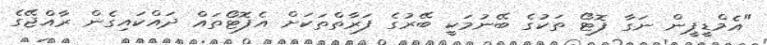
"އެމްޑީޕީން ނަގާ ފޮޓޯ ތަކުގެ ބޭނުމަކީ ބޭރުގެ ފަރާތްތަކަށް އެފޮޓޯތައް ދައްކައިގެން ރާއްޖޭގެ